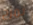
نمزح